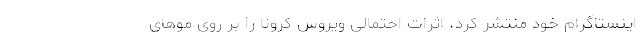
اینستاگرام خود منتشر کرد، اثرات احتمالی ویروس کرونا را بر روی موهای